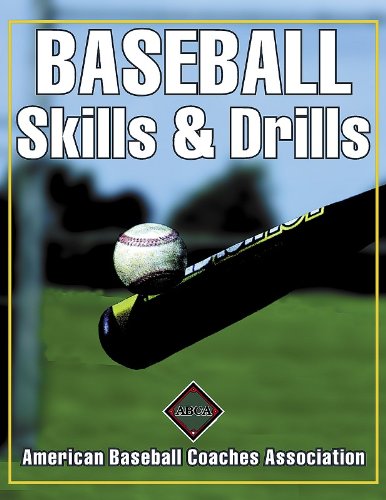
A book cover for Baseball Skills & Drills; American Baseball Coaches Association; Sports & Outdoors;